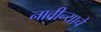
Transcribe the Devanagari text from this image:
नावीन्याचे